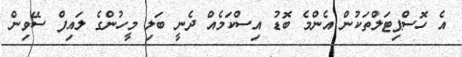
އެ ހޮސްޕިޓަލްތަކުން އެންމެ ބޮޑު އިސްކަމެއް ދެނީ ބަލި މީހުންގެ ލައިފް ސޭވިން